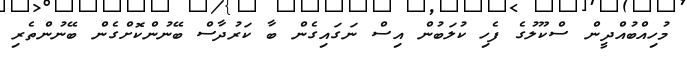
މުހިއްބުއްދީން ސްކޫލުގެ ފެހި ކުލަބުން އިސް ނަގައިގެން ބާ ކަރުދާސް ބޭނުންކޮށްގެން ބޭނުންތެރި